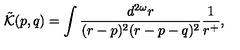
\tilde { { \cal K } } ( p , q ) = \int \frac { d ^ { 2 \omega } r } { ( r - p ) ^ { 2 } ( r - p - q ) ^ { 2 } } \frac { 1 } { r ^ { + } } ,